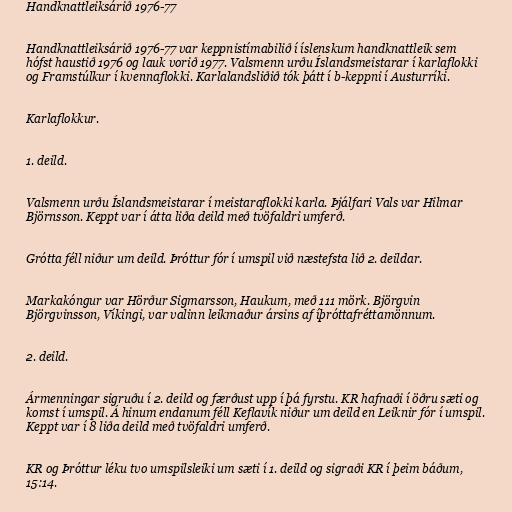
Handknattleiksárið 1976-77

Handknattleiksárið 1976-77 var keppnistímabilið í íslenskum handknattleik sem
hófst haustið 1976 og lauk vorið 1977. Valsmenn urðu Íslandsmeistarar í karlaflokki
og Framstúlkur í kvennaflokki. Karlalandsliðið tók þátt í b-keppni í Austurríki.

Karlaflokkur.

1. deild.

Valsmenn urðu Íslandsmeistarar í meistaraflokki karla. Þjálfari Vals var Hilmar
Björnsson. Keppt var í átta liða deild með tvöfaldri umferð.

Grótta féll niður um deild. Þróttur fór í umspil við næstefsta lið 2. deildar.

Markakóngur var Hörður Sigmarsson, Haukum, með 111 mörk. Björgvin
Björgvinsson, Víkingi, var valinn leikmaður ársins af íþróttafréttamönnum.

2. deild.

Ármenningar sigruðu í 2. deild og færðust upp í þá fyrstu. KR hafnaði í öðru sæti og
komst í umspil. Á hinum endanum féll Keflavík niður um deild en Leiknir fór í umspil.
Keppt var í 8 liða deild með tvöfaldri umferð.

KR og Þróttur léku tvo umspilsleiki um sæti í 1. deild og sigraði KR í þeim báðum,
15:14.